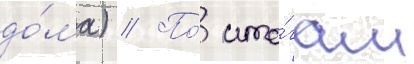
до́ма) // По́ ито́гам